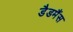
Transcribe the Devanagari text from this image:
डैडमैंस